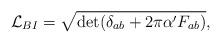
LaTeX: \begin{align*}{\cal L}_{BI} = \sqrt{ \det (\delta_{ab} + 2\pi\alpha' F_{ab})},\end{align*}